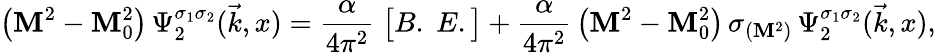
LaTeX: \bigl(\mathbf{M}^{2}-\mathbf{M}_{0}^{2}\bigr)\, \Psi_{2}^{\sigma_{1}\sigma_{2}}(\vec{{k}},x)={\frac{{\alpha}}{{4\pi^{2}}}}\; \bigl[B.\; E.\bigr]+{\frac{{\alpha}}{{4\pi^{2}}}}\, \bigl(\mathbf{M}^{2}-\mathbf{M}_{0}^{2}\bigr)\, \sigma_{(\mathbf{M}^{2})}\, \Psi_{2}^{\sigma_{1}\sigma_{2}}(\vec{{k}},x),